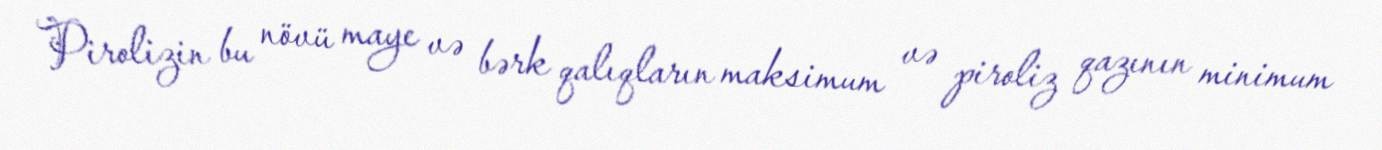
Pirolizin bu növü maye və bərk qalıqların maksimum və piroliz qazının minimum